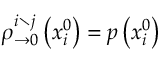
\rho _ { \rightarrow 0 } ^ { i \setminus j } \left( x _ { i } ^ { 0 } \right) = p \left( x _ { i } ^ { 0 } \right)